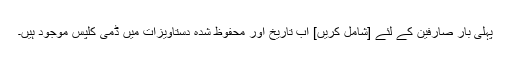
پہلی بار صارفین کے لئے [شامل کریں] اب تاریخ اور محفوظ شدہ دستاویزات میں ڈمی کلپس موجود ہیں۔